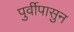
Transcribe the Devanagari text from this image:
पुर्वीपासुन